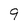
Character: 9